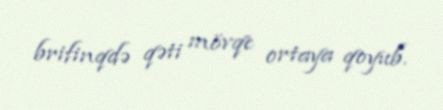
brifinqdə qəti mövqe ortaya qoyub.